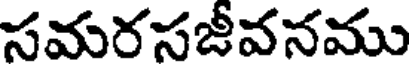
సమరసజీవనము